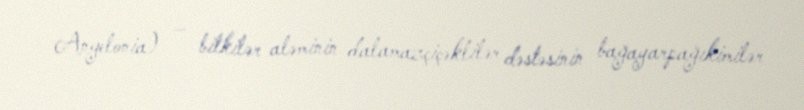
Angelonia) — bitkilər aləminin dalamazçiçəklilər dəstəsinin bağayarpağıkimilər